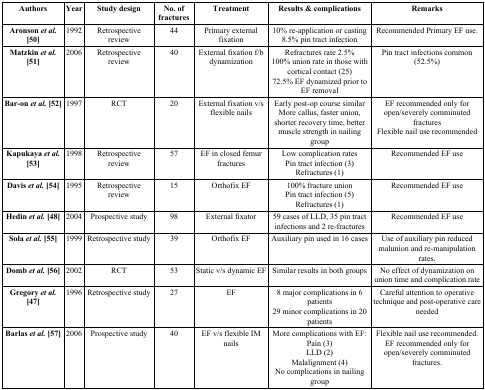
| Authors | Year | Study design | No. of fractures | Treatment | Results & complications | Remarks |
 | --- | --- | --- | --- | --- | --- | --- |
 | Aronson et al. [50] | 1992 | Retrospective review | 44 | Primary external fixation | 10% re-application or casting8.5% pin tract infection | Recommended Primary EF use. |
 | Matzkin et al. [51] | 2006 | Retrospective review | 40 | External fixation f/b dynamization | Refractures rate 2.5%100% union rate in those with cortical contact (25)72.5% EF dynamized prior to EF removal | Pin tract infections common (52.5%) |
 | Bar-on et al. [52] | 1997 | RCT | 20 | External fixation v/s flexible nails | Early post-op course similarMore callus, faster union, shorter recovery time, better muscle strength in nailing group | EF recommended only for open/severely comminuted fracturesFlexible nail use recommended |
 | Kapukaya et al. [53] | 1998 | Retrospective review | 57 | EF in closed femur fractures | Low complication ratesPin tract infection (3)Refractures (1) | Recommended EF use |
 | Davis et al. [54] | 1995 | Retrospective review | 15 | Orthofix EF | 100% fracture unionPin tract infection (5)Refractures (1) | Recommended EF use |
 | Hedin et al. [48] | 2004 | Prospective study | 98 | External fixator | 59 cases of LLD, 35 pin tract infections and 2 re-fractures | Recommended EF use |
 | Sola et al. [55] | 1999 | Retrospective study | 39 | Orthofix EF | Auxiliary pin used in 16 cases | Use of auxiliary pin reduced malunion and re-manipulation rates. |
 | Domb et al. [56] | 2002 | RCT | 53 | Static v/s dynamic EF | Similar results in both groups | No effect of dynamization on union time and complication rate |
 | Gregory et al. [47] | 1996 | Retrospective study | 27 | EF | 8 major complications in 6 patients29 minor complications in 20 patients | Careful attention to operative technique and post-operative care needed |
 | Barlas et al. [57] | 2006 | Prospective study | 40 | EF v/s flexible IM nails | More complications with EF:Pain (3)LLD (2)Malalignment (4)No complications in nailing group | Flexible nail use recommended.EF recommended only for open/severely comminuted fractures. |